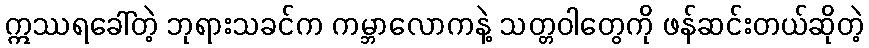
ဣဿရခေါ်တဲ့ ဘုရားသခင်က ကမ္ဘာလောကနဲ့ သတ္တဝါတွေကို ဖန်ဆင်းတယ်ဆိုတဲ့